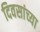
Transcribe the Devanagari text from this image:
दिवसांच्‍या